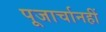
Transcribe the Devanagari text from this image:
पूजार्चानहीं